Annual report of the Punjab Veterinary College and of the Civil Veterinary Department, Punjab - 1909-1919
Year: 1909
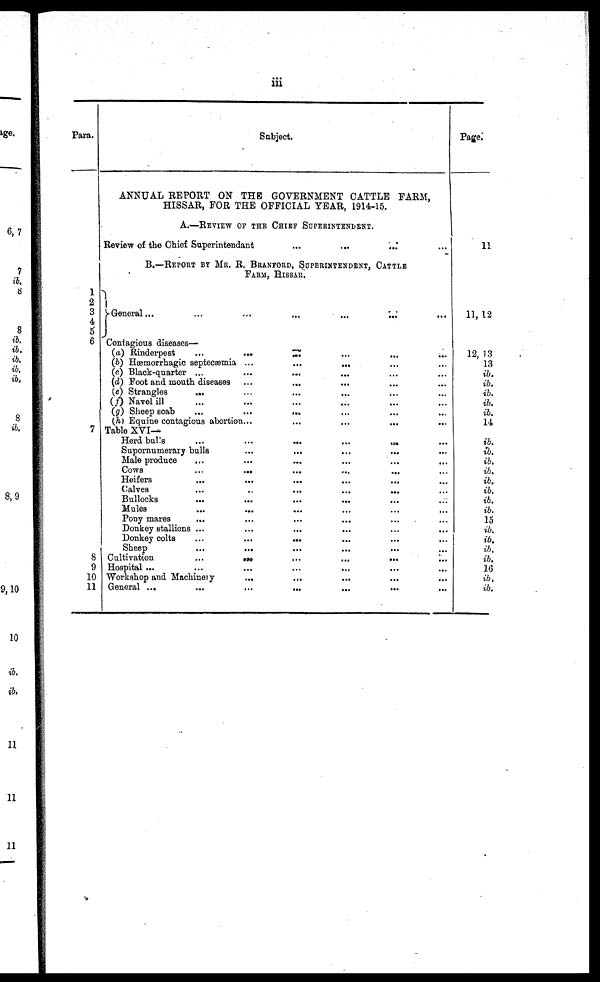
iii
Para.
1
2
3
4
5
6
7
8
9
10
11
Subject.
ANNUAL REPORT ON THE GOVERNMENT CATTLE FARM,
HISSAR, FOR THE OFFICIAL YEAR, 1914-15.
A.—REVIEW OF THE CHIFF SUPERINTENDENT.
Review of the Chief Superintendant ... ... ... ... ...
B.—REPORT BY MR. R. BRANFORD, SUPERINTENDENT, CATTLE
FARM, HISSAR.
General ... ... ... ... ... ... ... ... ... ... ...
Contagious diseases—
(a) Rinderpest
...
...
...
...
.....
...
...
...
....
(b) Hæmorrhagic septecæmia ...
... ... ... ... ... ...
(c) Black-quarter ... ... ... ... ... ... ... ...
(d) Foot and mouth diseases ... ... ... ... ... ... ... ... ... ...
(e) Strangles
... ... ... ...... ... ... ...
(f) Navel ill ... ... ... ...... ... ... ... ...
(g) Sheep scab ...
...
... ...
(h) Equine contagious abortion... ... ... ... ...
Table XVI—
Herd bulls
...
...
...
...
...
Supornumerary bulls ... ... ... ...... ... ... ...
Male produce
... ... ... ... ...
Cows
...
...
Heifers
...
...
...
...
...
Calves
...
..
...
...
...
Bullocks ... ... ... ... ... ...
Mules ... ... ... ... ...
Pony mares ... ... ... ... ...
Donkey stallions ... ... ... ... ... ...
Donkey colts
...
...
...
Sheep
...
...
Cultivation
...
...
...
...
...
Hospital ...
...
...
...
...
...
...
Workshop and Machinery ... ... ... ... ...... ... ... ...
General ...
...
...
...
...
...
...
Page.
11
11, 12
12, 13
13
ib.
ib.
ib.
ib.
ib.
14
ib.
ib.
ib.
ib.
ib.
ib.
ib.
ib.
15
ib.
ib.
ib.
ib.
16
ib.
ib.